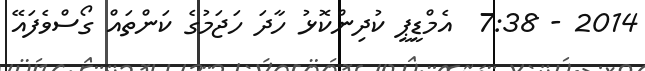
2014 - 7:38  އެމްޑީޕީ ކުދިންކޮޅު ހާދަ ހަޖަމުގެ ކަންތައް ގޯސްވެފައޭ